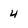
Character: 4